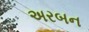
અરબન